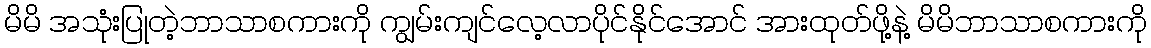
မိမိ အသုံးပြုတဲ့ဘာသာစကားကို ကျွမ်းကျင်လေ့လာပိုင်နိုင်အောင် အားထုတ်ဖို့နဲ့ မိမိဘာသာစကားကို